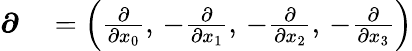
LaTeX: \begin{array}{rl}{{\boldsymbol{\partial}}}&{{}=\left({\frac{\partial}{\partial x_{0}}},\, -{\frac{\partial}{\partial x_{1}}},\, -{\frac{\partial}{\partial x_{2}}},\, -{\frac{\partial}{\partial x_{3}}}\right)}\end{array}